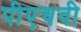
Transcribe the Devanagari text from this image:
पीएचवी